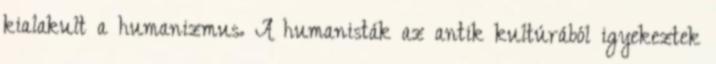
kialakult a humanizmus. A humanisták az antik kultúrából igyekeztek